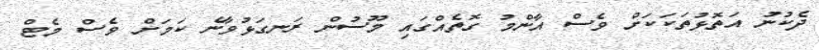
ދެކުނު އަތޮޅުތަކަކަށް ވެސް އާންމު ގޮތެއްގައި މޫސުން ރަނގަޅުވާނެ ކަމަށް ވެސް މެޓް